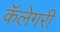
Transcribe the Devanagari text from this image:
कॅलेगरी